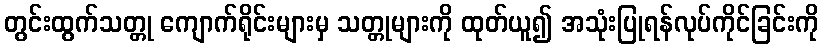
တွင်းထွက်သတ္တု ကျောက်ရိုင်းများမှ သတ္တုများကို ထုတ်ယူ၍ အသုံးပြုရန်လုပ်ကိုင်ခြင်းကို